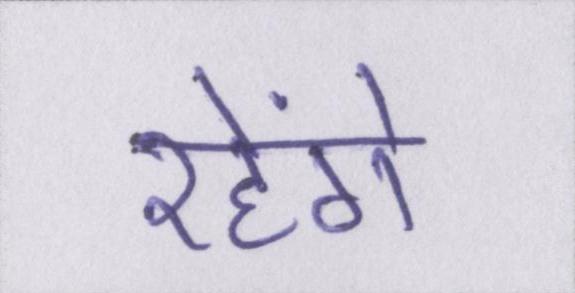
रहेंगे